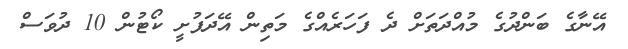
އޭނާގެ ބަންދުގެ މުއްދަތަށް ދެ ފަހަރެއްގެ މަތިން އޭދަފުށީ ކޯޓުން 10 ދުވަސް